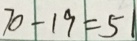
7 0 - 1 9 = 5 1